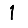
Digit: 1